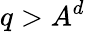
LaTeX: q>A^{d}